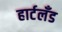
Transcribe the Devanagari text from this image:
हार्टलॅंड